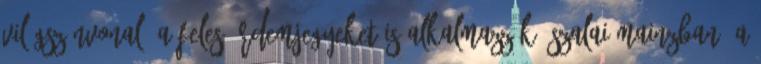
világszínvonal, a feles érdemjegyeket is alkalmazzák. Szalai Mainzban, a